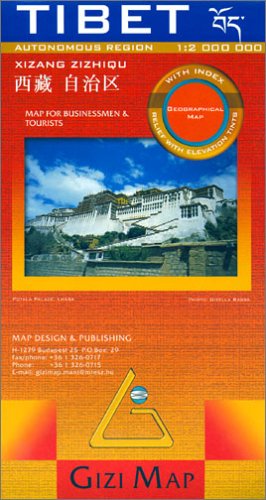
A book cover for Tibet, Bhutan, Nepal Gizi (English and French Edition); Gizi; Travel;